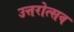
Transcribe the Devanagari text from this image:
उत्तरोत्सव